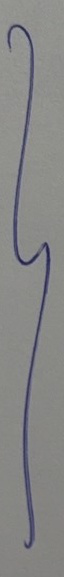
}